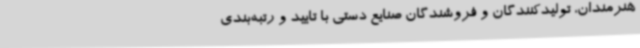
هنرمندان، تولیدکنندگان و فروشندگان صنایع دستی با تایید و رتبه‌بندی